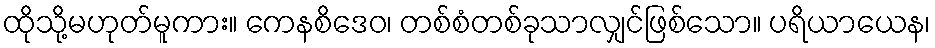
ထိုသို့မဟုတ်မူကား။ ကေနစိဒေဝ၊ တစ်စံတစ်ခုသာလျှင်ဖြစ်သော။ ပရိယာယေန၊